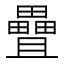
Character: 𪽤